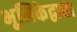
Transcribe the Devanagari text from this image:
भूमिकेद्वारा